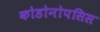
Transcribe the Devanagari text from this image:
कोडोनोपसिस